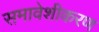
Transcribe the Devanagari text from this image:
समावेशीकरण